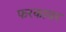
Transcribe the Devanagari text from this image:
फरकावर